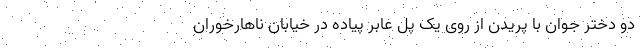
دو دختر جوان با پریدن از روی یک پل عابر پیاده در خیابان ناهارخوران